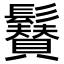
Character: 𩯳